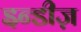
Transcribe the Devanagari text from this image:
इन्डीज़